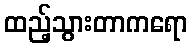
ထည့်သွားတာကရော